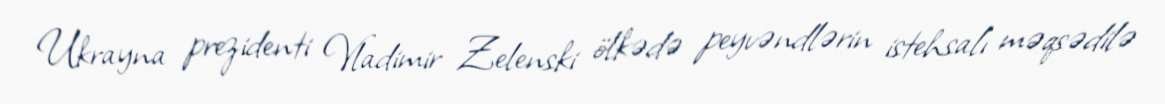
Ukrayna prezidenti Vladimir Zelenski ölkədə peyvəndlərin istehsalı məqsədilə